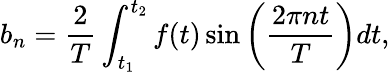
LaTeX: b_{n}=\frac{2}{T}\int_{t_{1}}^{t_{2}}f(t)\sin{\bigg(\frac{2\pi nt}{T}\bigg)}dt,